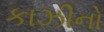
કાઝીનો